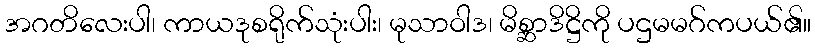
အဂတိလေးပါ၊ ကာယဒုစရိုက်သုံးပါး၊ မုသာဝါဒ၊ မိစ္ဆာဒိဋ္ဌိကို ပဌမမဂ်ကပယ်၏။